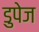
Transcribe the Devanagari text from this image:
डुपेज